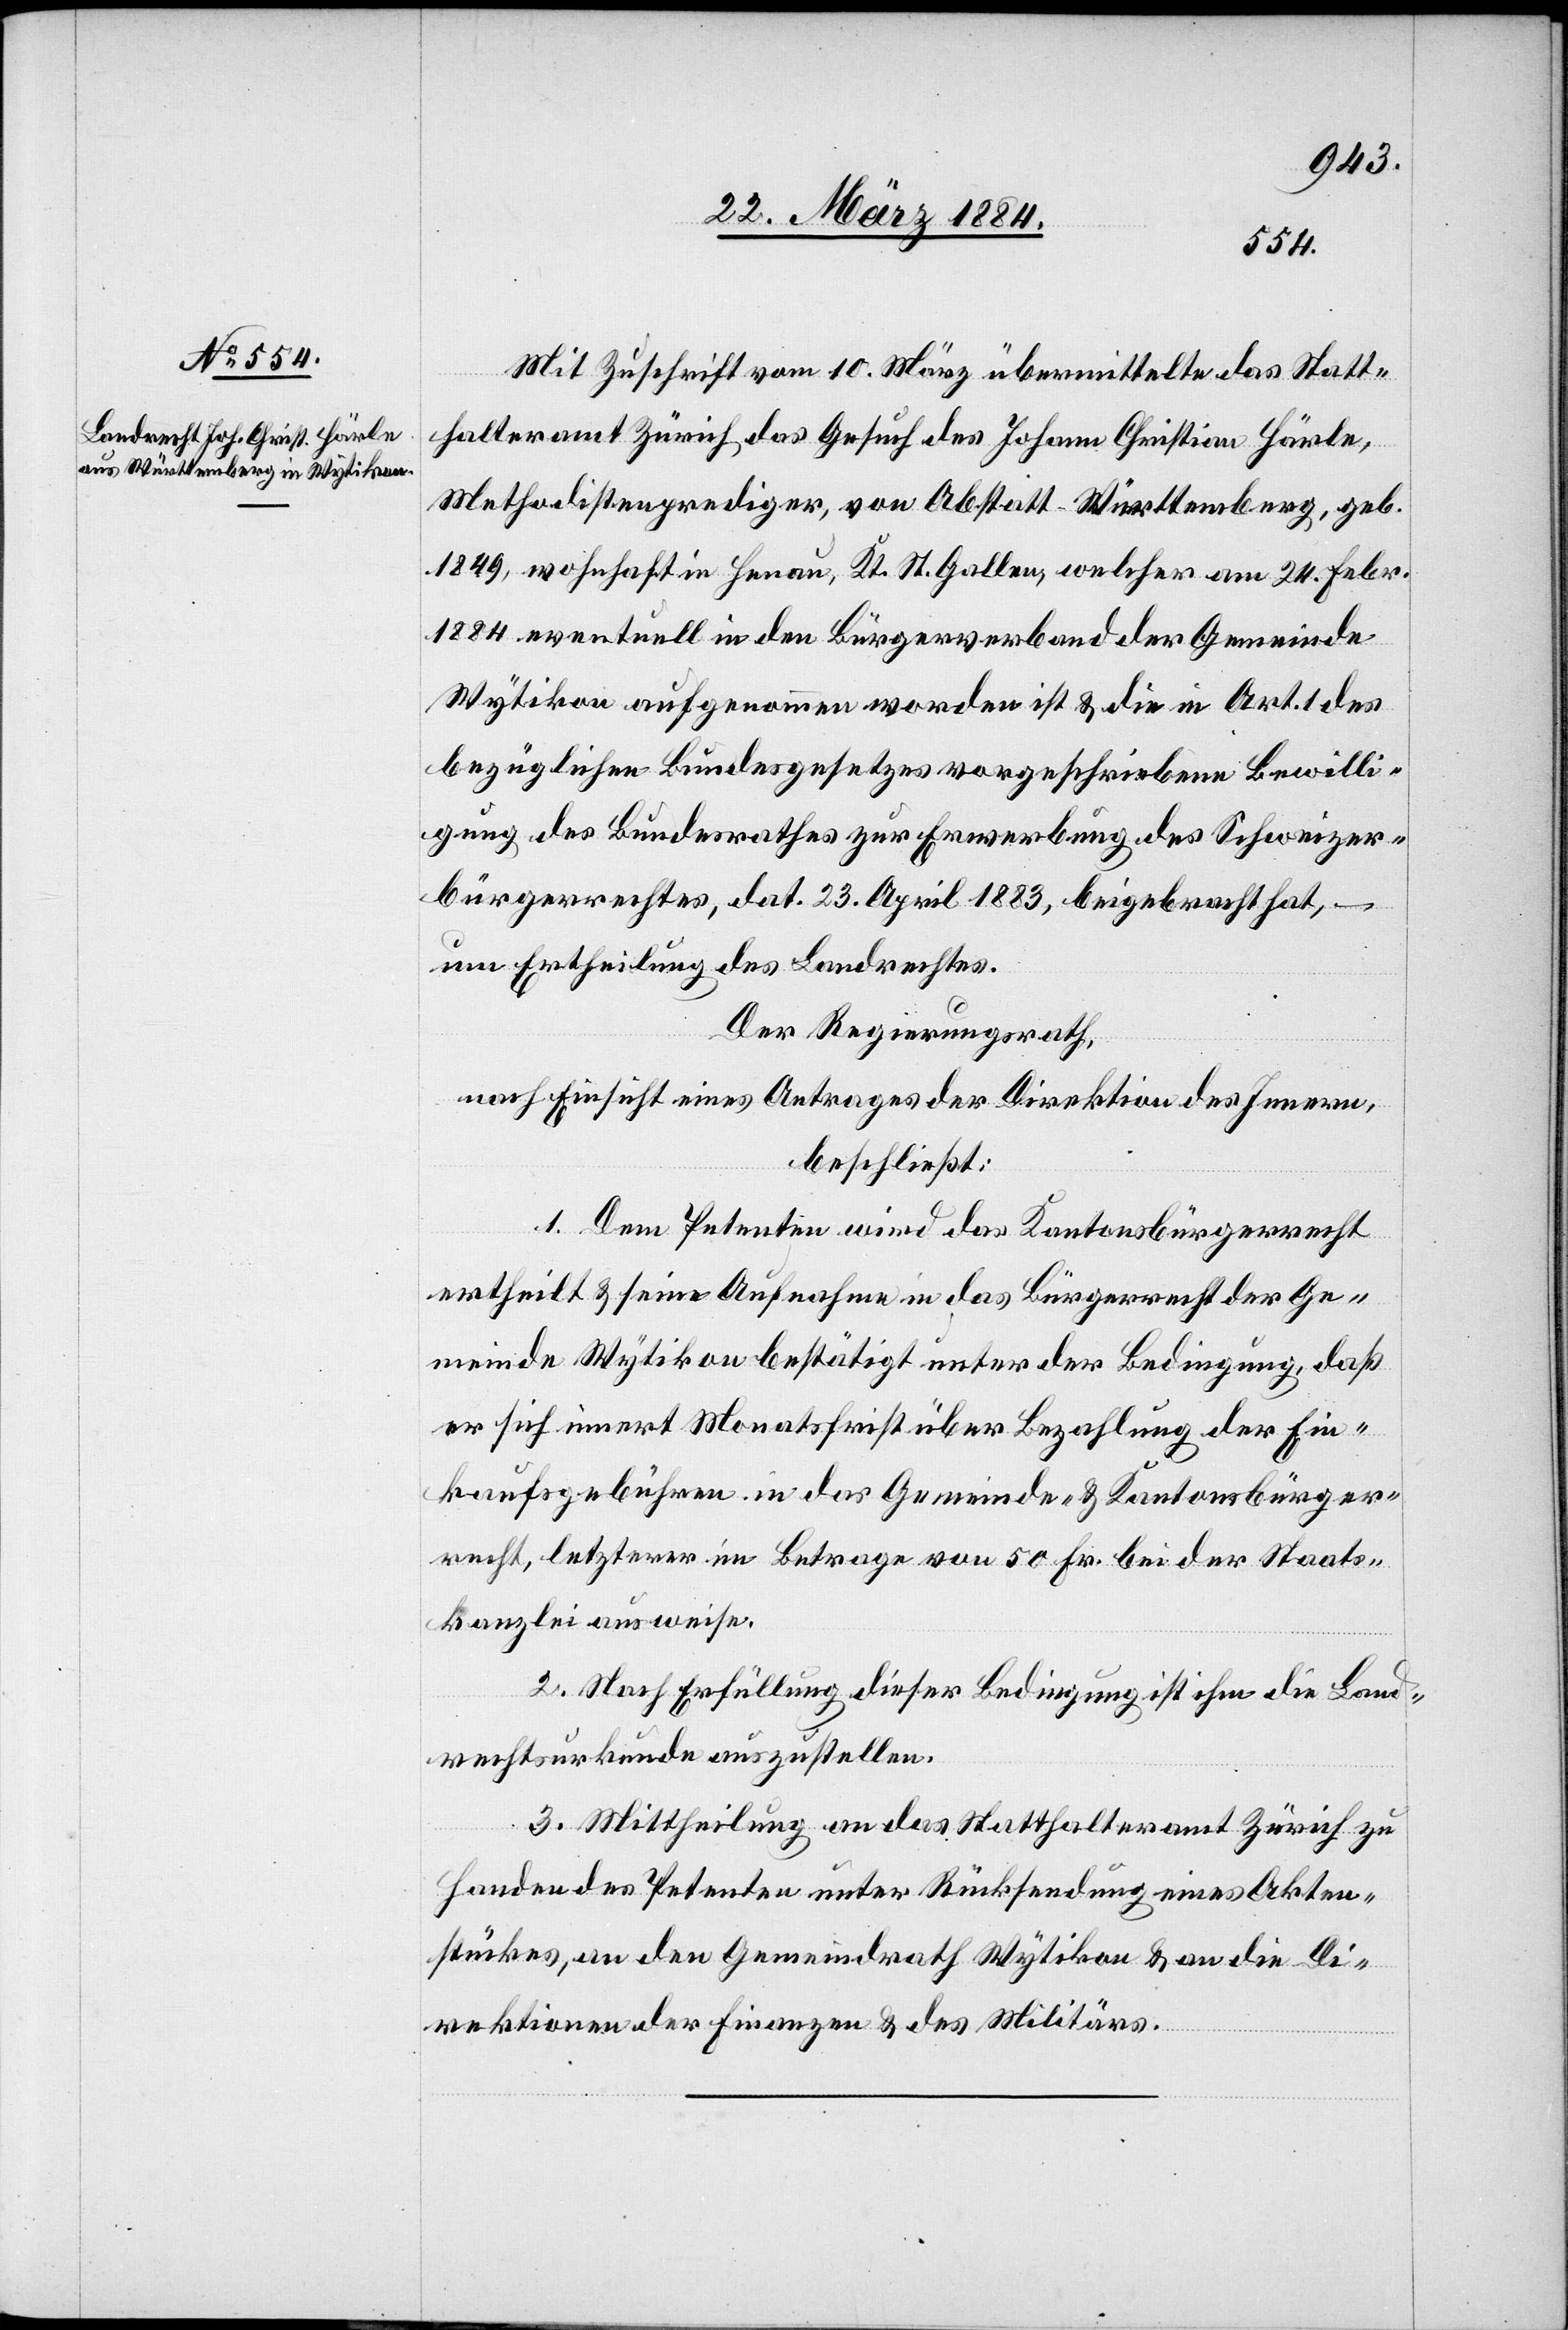
Mit Zuschrift vom 10. März übermittelte das Statt¬
halteramt Zürich das Gesuch des Johann Christian Härle,
Methodistenprediger, von Abstatt - Württemberg, geb.
1849, wohnhaft in Henau, Kt. St. Gallen, welcher am 24. Febr.
1884 eventuell in den Bürgerverband der Gemeinde
Wytikon aufgenommen worden ist & die in Art. 1 des
bezüglichen Bundesgesetzes vorgeschriebene Bewilli¬
gung des Bundesrathes zur Erwerbung des Schweizer¬
bürgerrechtes, dat. 23. April 1883, beigebracht hat,
um Ertheilung des Landrechtes.
Der Regierungsrath,
nach Einsicht eines Antrages der Direktion des Innern,
beschließt:
1. Dem Petenten wird das Kantonsbürgerrecht
ertheilt & seine Aufnahme in das Bürgerrecht der Ge¬
meinde Wytikon bestätigt unter der Bedingung, daß
er sich innert Monatsfrist über Bezahlung der Ein¬
kaufsgebühren in das Gemeinde- & Kantonsbürge¬
recht, letzterer im Betrage von 50 Fr. bei der Staats¬
kanzlei ausweise.
2. Nach Erfüllung dieser Bedingung ist ihm die Land¬
rechtsurkunde auszustellen.
3. Mittheilung an das Statthalteramt Zürich zu
Handen des Petenten unter Rücksendung eines Akten¬
stückes, an den Gemeindrath Wytikon & an die Di¬
rektionen der Finanzen & des Militärs.